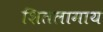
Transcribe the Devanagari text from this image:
शितलामाय